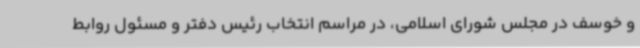
و خوسف در مجلس شورای اسلامی، در مراسم انتخاب رئیس دفتر و مسئول روابط